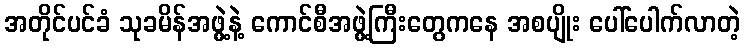
အတိုင်ပင်ခံ သုခမိန်အဖွဲ့နဲ့ ကောင်စီအဖွဲ့ကြီးတွေကနေ အစပျိုး ပေါ်ပေါက်လာတဲ့